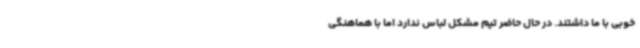
خوبی با ما داشتند. در حال حاضر تیم مشکل لباس ندارد اما با هماهنگی